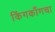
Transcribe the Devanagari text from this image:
किंगकाँगचा